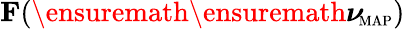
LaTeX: \mathbf F(\ensuremath{\ensuremath{\boldsymbol\nu}_{\! \mathrm{{\scriptscriptstyle MAP}}}})